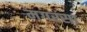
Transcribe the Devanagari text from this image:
मगरसा